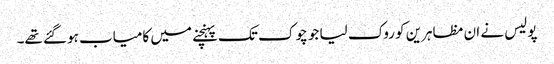
پولیس نے ان مظاہرین کو روک لیا جو چوک تک پہنچنے میں کامیاب ہوگئے تھے۔